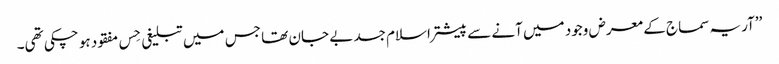
’’آریہ سماج کے معرض وجود میں آنے سے پیشتر اسلام جسد بے جان تھا جس میں تبلیغی حِس مفقود ہو چکی تھی۔